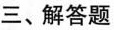
三、解答题